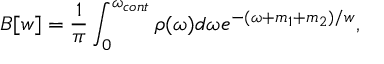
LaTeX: { \cal B } [ w ] = \frac { 1 } { \pi } \int _ { 0 } ^ { \omega _ { c o n t } } { \rho ( \omega ) d \omega } e ^ { - ( \omega + m _ { 1 } + m _ { 2 } ) / w } ,